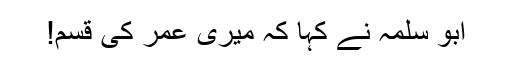
ابو سلمہ نے کہا کہ میری عمر کی قسم!